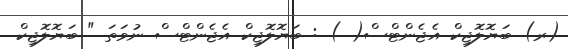
(ރ) ބަޔޮލޮޖިކް އެޖެންޓްސް( ) : ބަޔޮލޮޖިކް އެޖެންޓްސް ނުވަތަ " ބަޔޮލޮޖިކް